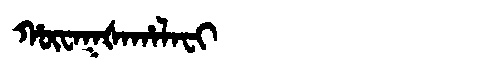
Manchu: ᡥᡡᠸᠠᡴᡧᠠᡥᠠᠯᠠᠸᡳ
Romanization: HŪWAKŠAHALAFI